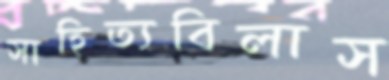
সাহিত্যবিলাস